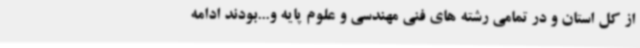
از کل استان و در تمامی رشته های فنی مهندسی و علوم پایه و...بودند ادامه